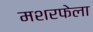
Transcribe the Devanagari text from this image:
मशरफेला